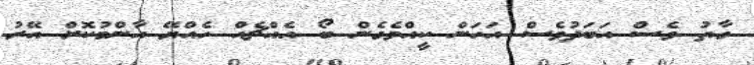
ގާތު ވެސް އަބަދުވެސް އަހަން ކީއްވެގެން ބޯ އެއްޗެއް ހެއްޔޭ އާންމުކޮށް އޭރު